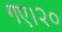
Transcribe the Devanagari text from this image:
गए।२०